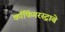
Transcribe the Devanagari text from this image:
कॉफिंगरस्ट्राबे